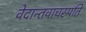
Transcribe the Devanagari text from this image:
वेदान्तवाचस्पति